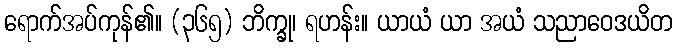
ရောက်အပ်ကုန်၏။ (၃၆၅) ဘိက္ခု၊ ရဟန်း။ ယာယံ ယာ အယံ သညာဝေဒယိတ